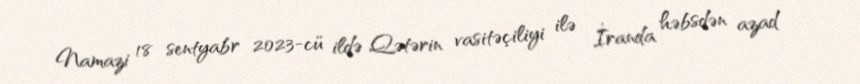
Namazi 18 sentyabr 2023-cü ildə Qətərin vasitəçiliyi ilə İranda həbsdən azad